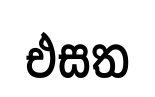
එසත